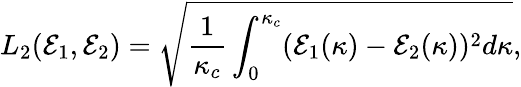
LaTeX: L_{2}(\mathcal{E}_{1},\mathcal{E}_{2})=\sqrt{\frac{1}{\kappa_{c}}\int_{0}^{\kappa_{c}}(\mathcal{E}_{1}(\kappa)-\mathcal{E}_{2}(\kappa))^{2}d\kappa},